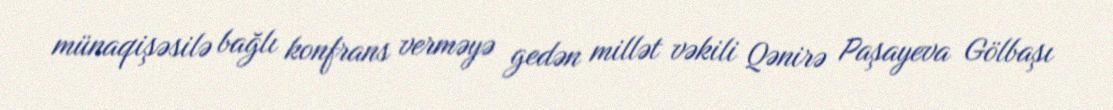
münaqişəsilə bağlı konfrans verməyə gedən millət vəkili Qənirə Paşayeva Gölbaşı